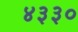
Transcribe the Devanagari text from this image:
४३३०